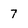
Character: 7